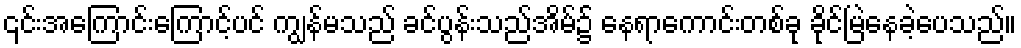
၎င်းအကြောင်းကြောင့်ပင် ကျွန်မသည် ခင်ပွန်းသည်အိမ်၌ နေရာကောင်းတစ်ခု ခိုင်မြဲနေခဲ့ပေသည်။